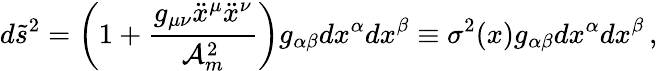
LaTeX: d\tilde{s}^{2}=\left(1+\frac{g_{\mu\nu}\ddot{x}^{\mu}\ddot{x}^{\nu}}{{\cal A}_{m}^{2}}\right)g_{\alpha\beta}dx^{\alpha}dx^{\beta}\equiv\sigma^{2}(x)g_{\alpha\beta}dx^{\alpha}dx^{\beta}\, {,}